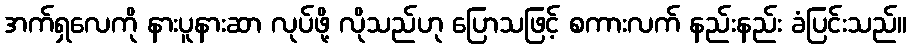
အက်ရှလေကို နားပူနားဆာ လုပ်ဖို့ လိုသည်ဟု ပြောသဖြင့် စကားလက် နည်းနည်း ခံပြင်းသည်။